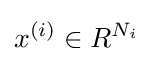
x^{(i)}\in R^{N_{i}}